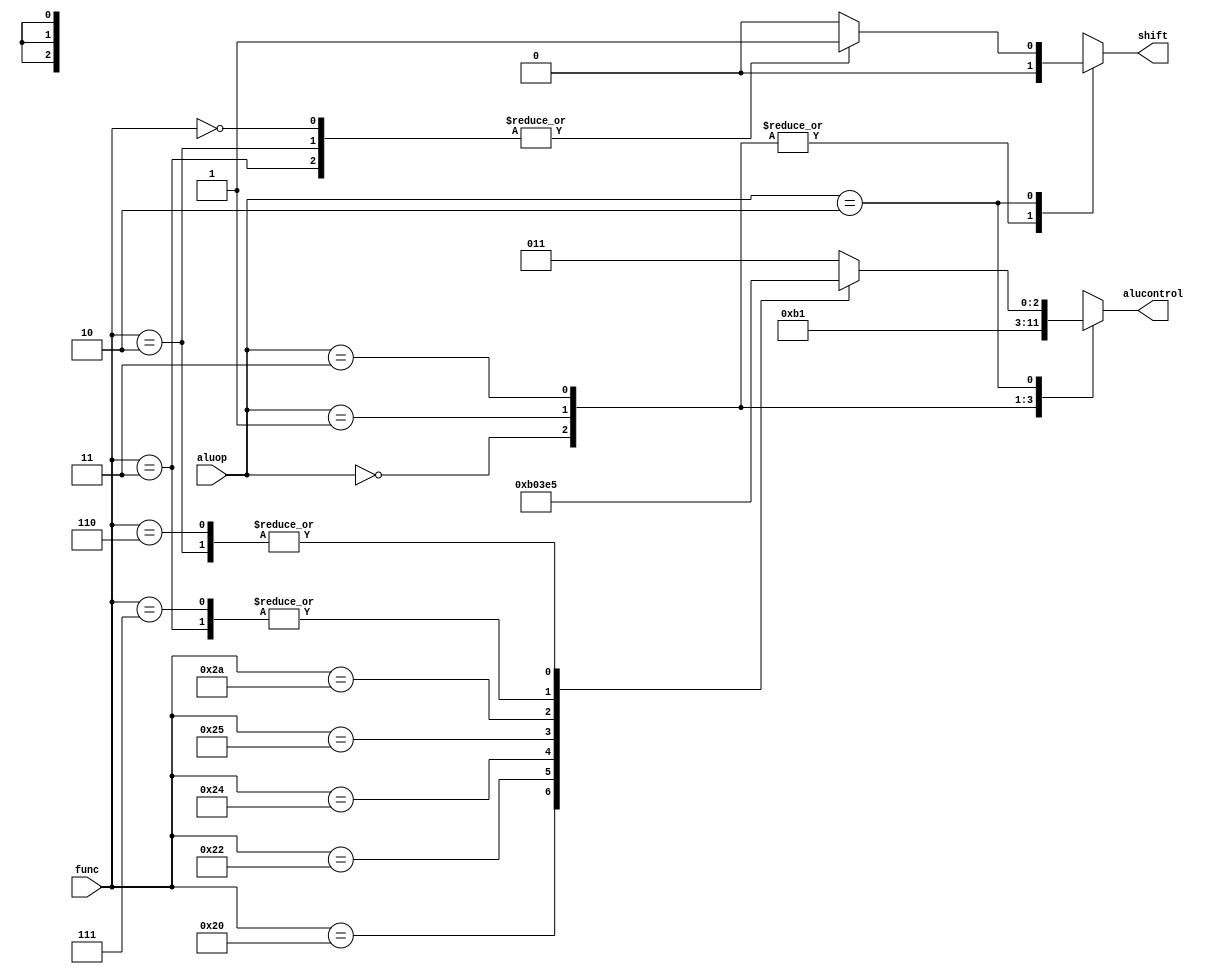
`timescale 1ns / 1ps
//aludec
module aludec(
	input [1:0]aluop,
	input [5:0]func,
	output reg shift,
	output reg [2:0]alucontrol
);
	always @(*)
	case(aluop)
		2'b00: begin alucontrol = 3'b010; shift = 0; end //add
		2'b01: begin alucontrol = 3'b110; shift = 0; end//sub
		2'b11: begin alucontrol = 3'b001; shift = 0; end//or
		2'b10: //look at func
			case(func)
				6'b000000: begin alucontrol = 3'b011; shift = 1; end //SLL/nop 
				6'b100000: begin alucontrol = 3'b010; shift = 0; end //add
				6'b100010: begin alucontrol = 3'b110; shift = 0; end //sub
				6'b100100: begin alucontrol = 3'b000; shift = 0; end //and
				6'b100101: begin alucontrol = 3'b001; shift = 0; end //or
				6'b101010: begin alucontrol = 3'b111; shift = 0; end //slt 
				6'b000100: begin alucontrol = 3'b011; shift = 0; end //SLLV
				6'b000011: begin alucontrol = 3'b100; shift = 1; end //SRA
				6'b000111: begin alucontrol = 3'b100; shift = 0; end //SRAV
				6'b000010: begin alucontrol = 3'b101; shift = 1; end //SRL
				6'b000110: begin alucontrol = 3'b101; shift = 0; end //SRLV
				default:   begin alucontrol = 3'b011; shift = 0; end //default 
			endcase
	endcase

endmodule